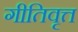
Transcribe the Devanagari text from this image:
गीतिवृत्त